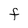
Character: F